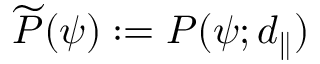
\widetilde { P } ( \psi ) : = P ( \psi ; d _ { \parallel } )